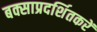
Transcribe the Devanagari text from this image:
बक्साप्रदर्शितकरें